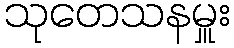
သုတေသနမှူး